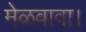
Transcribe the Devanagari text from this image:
मेळवावा।